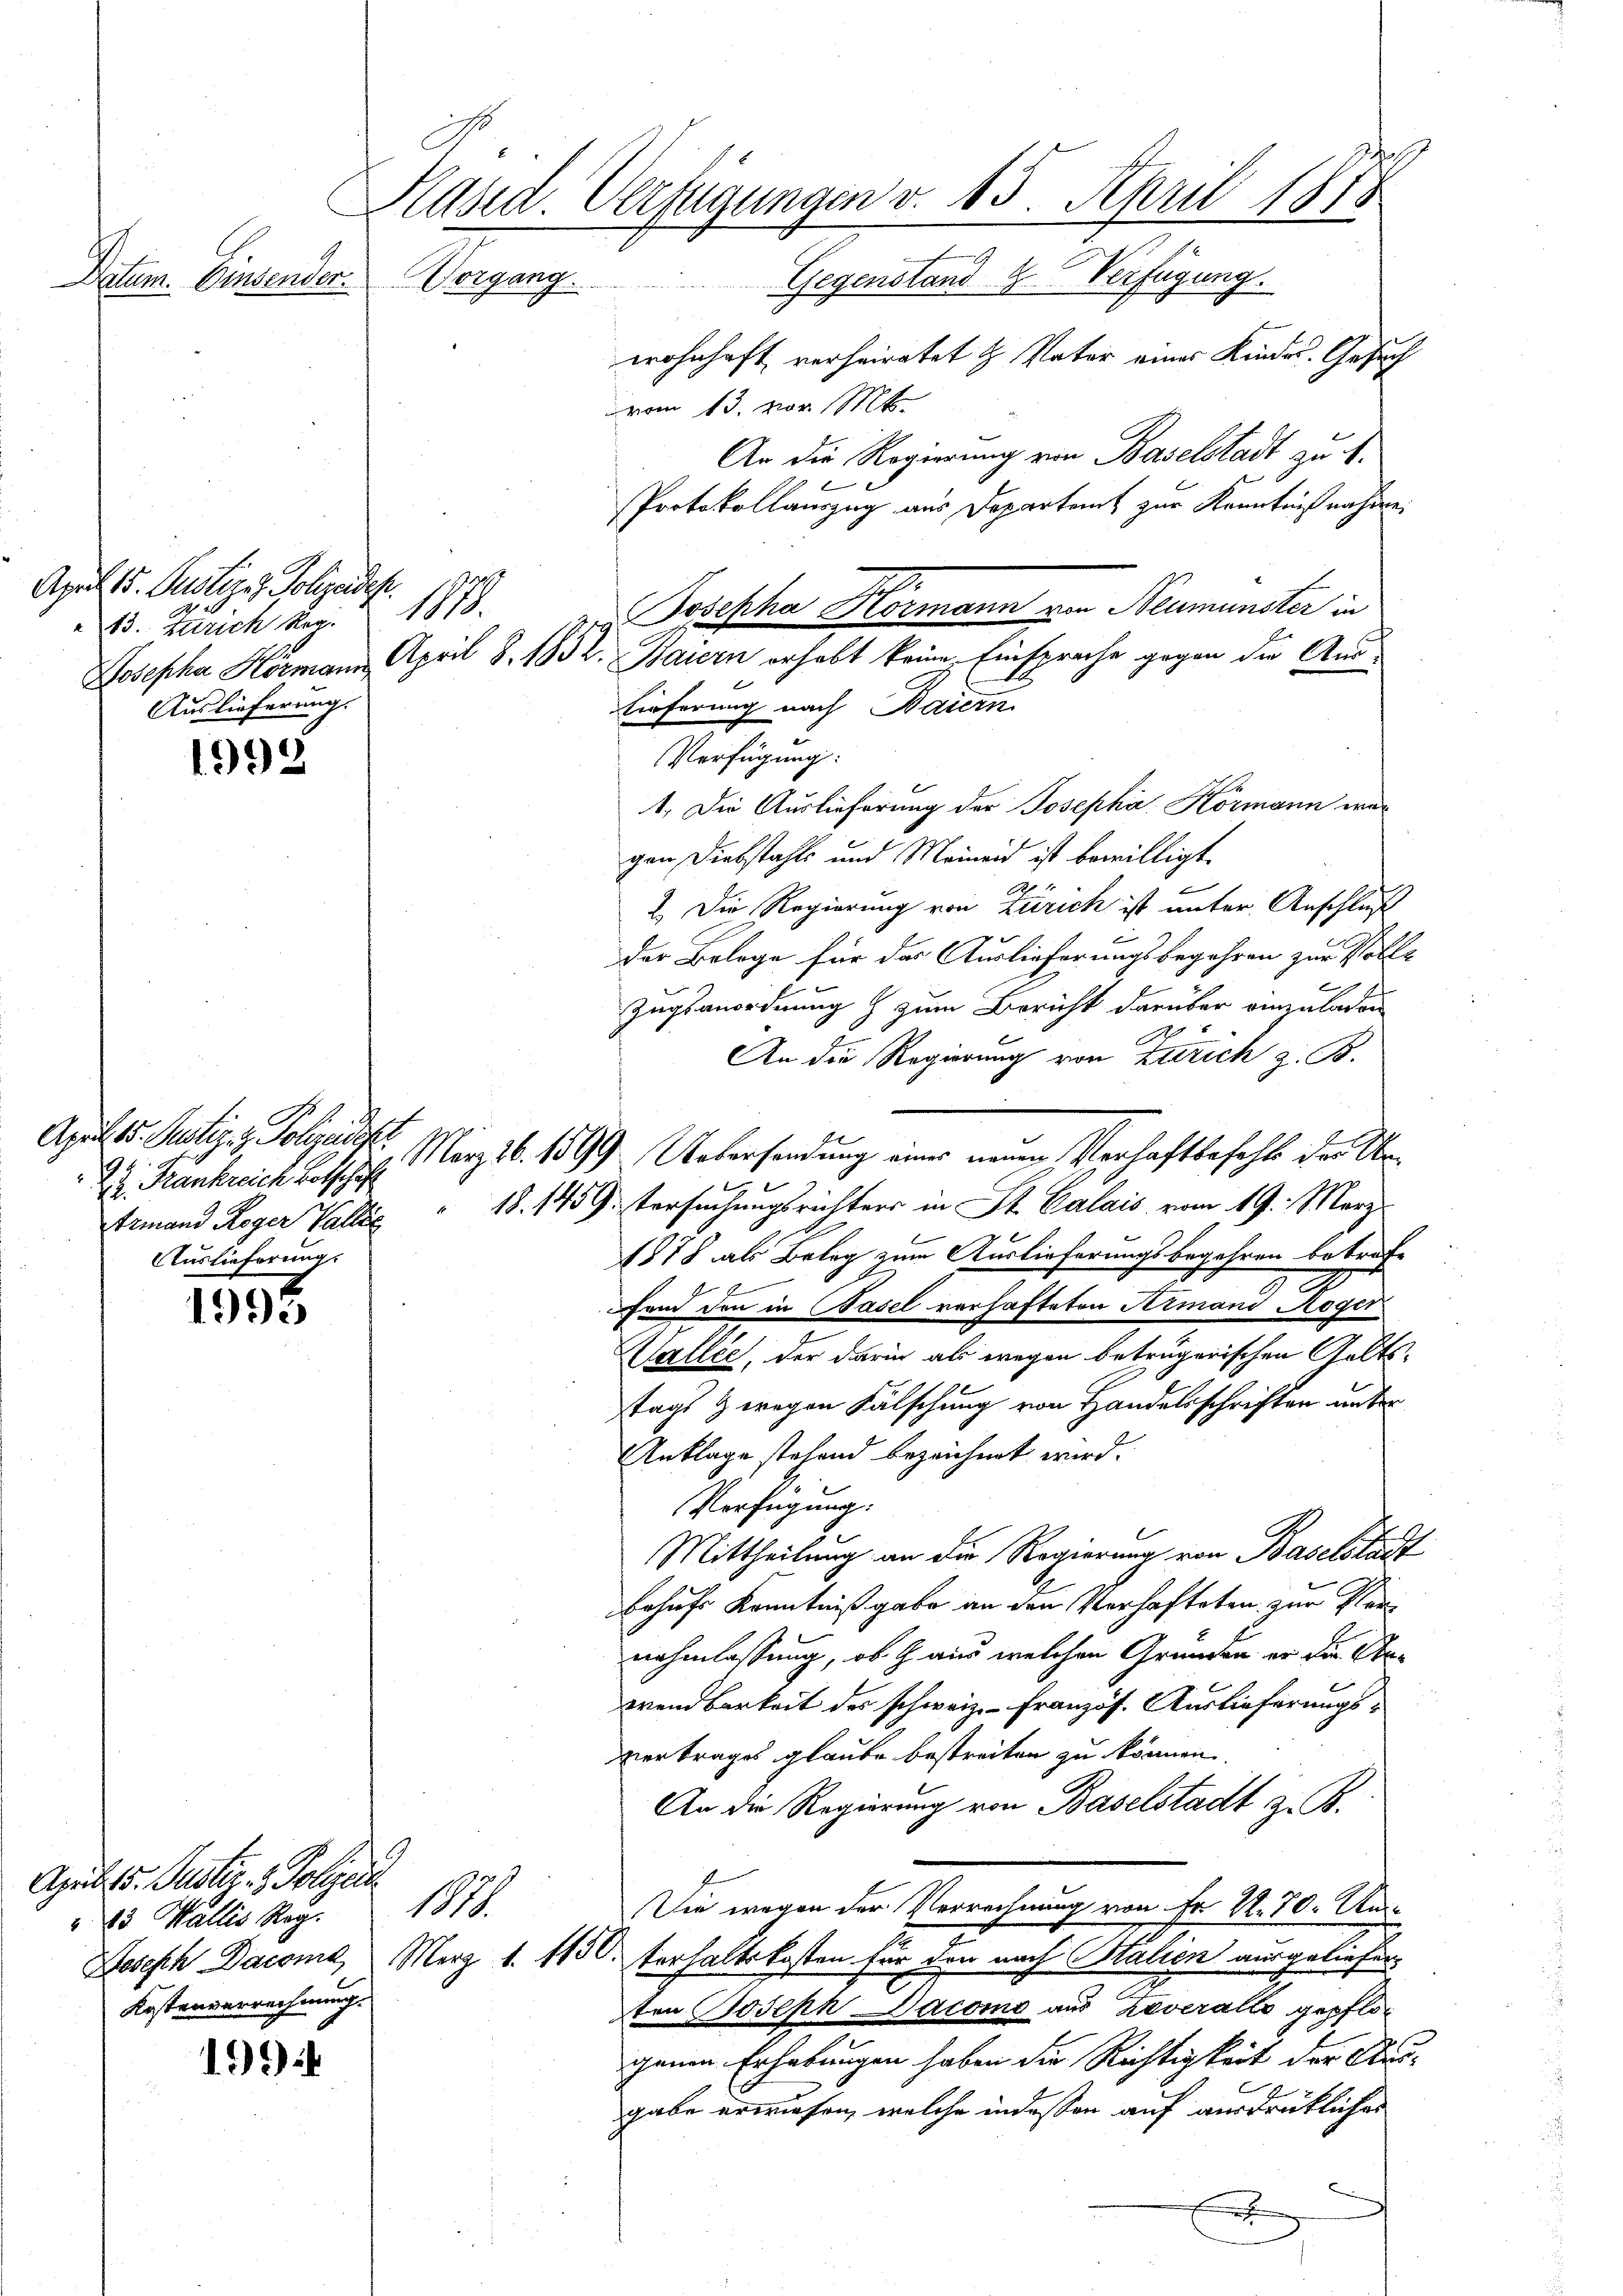
Datum. Einsender.

April 15. Justiger Polizeides.
23. Zürich kan. 1888.
Auslieferung.

1998

2. Frankreich Botschaft
Auslieferung.

1995

April 5. Justiz- & Polizei
23 Wallis Reg.
Kostenverrechnung.

1994

Päsed. Verfügungen v. 15. April 1878
Degenhe
Gegenstand 4 Verfügung.

wohnhaft verheiratet H. Vater eines Kindes. Gesuch
vom 13. vor 184
An die Regierung von Baselstadt zu 4.
Protokollauszug aus Departent zur Kenntnißnahire.
Eieferung nach Baiern.
Verfügung:
1. Die Auslieferung der Josepha Kormann wagen Diebstahls und Meineid ist bewilligt.
t
2. Die Regierung von Zürich ist unter Anschluß
Der Belege für das Auslieferungsbegehren zur Voll-
Zuganordnung & zum Bericht darüber einzuladen
An die Regierung von Zürich z. B.
April l. Justiz & Polizeist. März 16. 1899 Uebersendung einer neuen Verhaftbefehl der Unb
Armand Roger Valler " 18. 1459. Versuchungsrichters in St. Calais vom 19. März
2
1878 als Beleg zum Auslieferungsbegehren betrafe
fand den in Basel verhafteten Armand Roger
Sallée, der darin als wegen betrügerischen Galtstags 9 wegen Fälschung von Handelsschriften unter
Anklage stehend bezeichnet wird.
Verfügung.
Mittheilung an die Regierung von Baselstadt
Behufs Kenntniß gabe an den Verhafteten zur Vernehmlassung, ob aus welchen Grunden er der Anwendbarkeit des schweiz.- Französ. Auslieferungs-
vertrages glaube bestreiten zu können.
An die Regierung von Baselstadt z. B.
Sie wegen der Verrechnung von Fr. 22. 70. Au¬
1
Joseph Dacome Merz 1. 1150. Verhaltskosten für den nach Italien ausgeliefen.
ten Joseph Cacomo aus Zaveralle gepflogenen Erhebungen haben die Richtigkeit der Ausgabe erwiesen, welche indeßen auf ausdrücklicher
h

Josepha Hörmann von Neumünster in
Josepha Hörmann April 8. 1832. Baiern erhebt keine Einsprache gegen die Aus¬